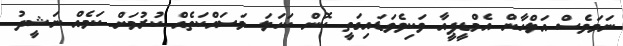
ނަމަވެސް އަލްހާން އެމްޑީޕީއާ ވަކިވެވަޑައިގަތީ ކޮން ކަހަލަ މަސައްކަތެއް ކުރުމަށް ކަމެއް ނަޝީދު